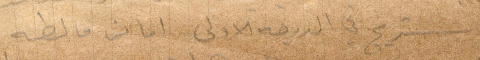
استريح في الدرجة الأولى اما من مالطه